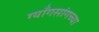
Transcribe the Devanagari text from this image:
ग्याँगसांगच्या